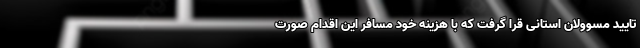
تایید مسوولان استانی قرا گرفت که با هزینه خود مسافر این اقدام صورت